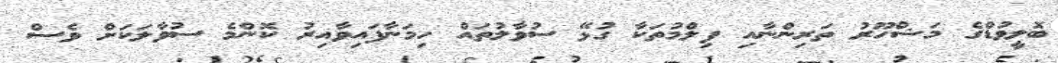
ބޮލީވުޑްގެ މަޝްހޫރު ތަރިންނާއި ފިލްމުތަކާ ގުޅޭ ސުވާލުތައް ހިމަނާފައިވާއިރު ކޮންމެ ސުވާލަކަށް ވެސް